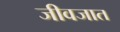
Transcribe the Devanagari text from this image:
जीवजात